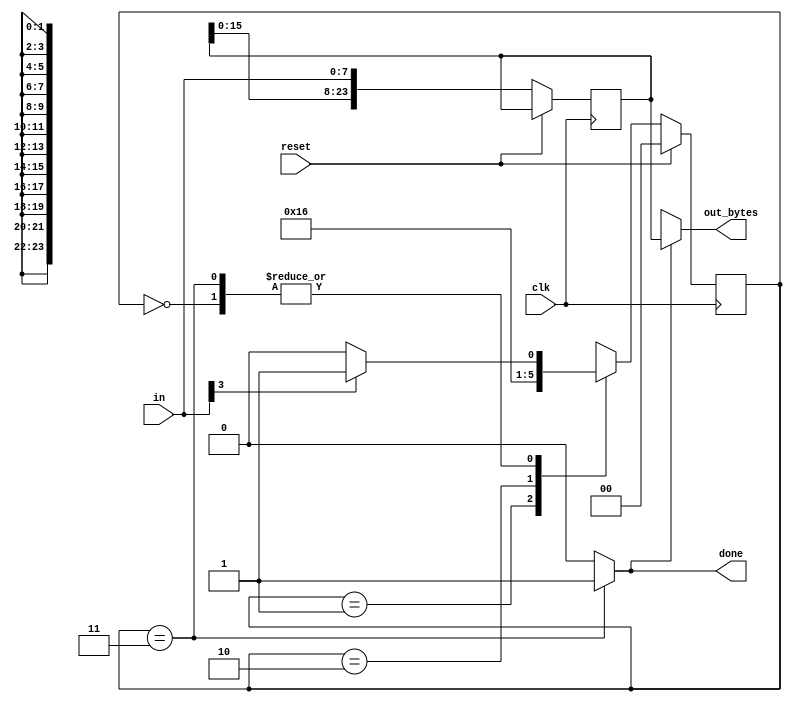
module top_module(
    input clk,
    input [7:0] in,
    input reset,    // Synchronous reset
    output [23:0] out_bytes,
    output done); //
    
    reg [23:0] temp;
    
    // FSM from fsm_ps2
	localparam s0 = 2'b00, s1 = 2'b01, s2 = 2'b10, s3 = 2'b11;
    reg [1:0] current_state,next_state;
    // State transition logic (combinational)
    always @(*) begin
        case(current_state)
            s0: begin
                next_state <= (in[3])?s1:s0;
            end
            s1: begin
                next_state <= s2;
            end
            s2: begin 
                next_state <= s3;
            end
            s3: next_state <= (in[3])?s1:s0;
        endcase
    end

    // State flip-flops (sequential)
    always @(posedge clk) begin
        if (reset) current_state = s0;
        else begin
            current_state <= next_state;
            temp <= {temp[15:8], temp[7:0], in};
        end
        
    end
    // Output logic
    assign done = (current_state == s3)?1'b1:1'b0;

    // New: Datapath to store incoming bytes.
    assign out_bytes = (done)?temp:{24{1'bx}};

endmodule